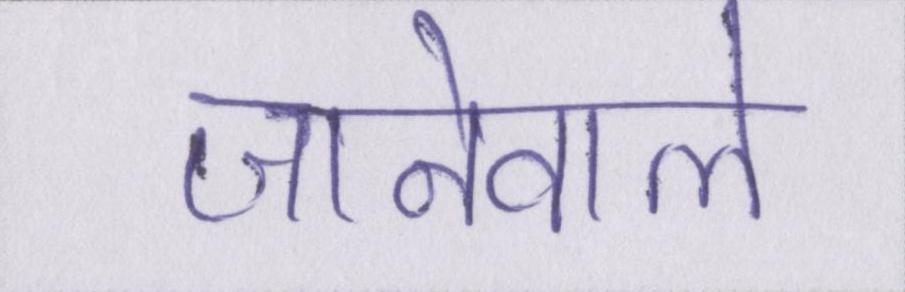
जानेवाले